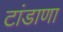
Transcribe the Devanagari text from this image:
टांडाणा